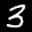
Label: 3